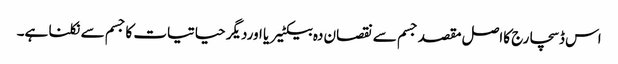
اس ڈسچارج کااصل مقصد جسم سے نقصان دہ بیکٹیریا اوردیگر حیاتیات کاجسم سے نکلنا ہے۔